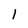
Character: 1